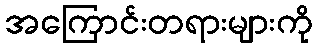
အကြောင်းတရားများကို